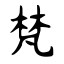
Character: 梵